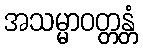
အသမ္မာဝတ္တန္တံ